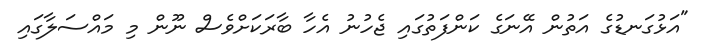
"އަޅުގަނޑުގެ އަތުން އޭނަގެ ކަންފަތުގައި ޖެހުނު އެހާ ބާރަކަށްވެސް ނޫން މި މައްސަލާގައި